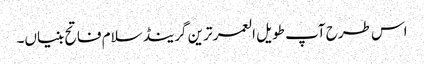
اس طرح آپ طویل العمر ترین گرینڈ سلام فاتح بنیاں۔